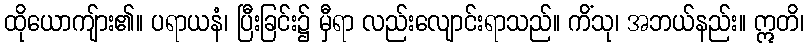
ထိုယောကျ်ား၏။ ပရာယနံ၊ ပြီးခြင်း၌ မှီရာ လည်းလျောင်းရာသည်။ ကိံသု၊ အဘယ်နည်း။ ဣတိ၊